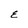
Character: E